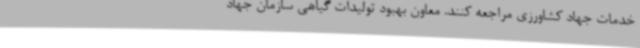
خدمات جهاد کشاورزی مراجعه کنند. معاون بهبود تولیدات گیاهی سازمان جهاد